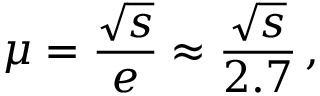
\mu = \frac { \sqrt s } { e } \approx \frac { \sqrt s } { 2 . 7 } \, ,